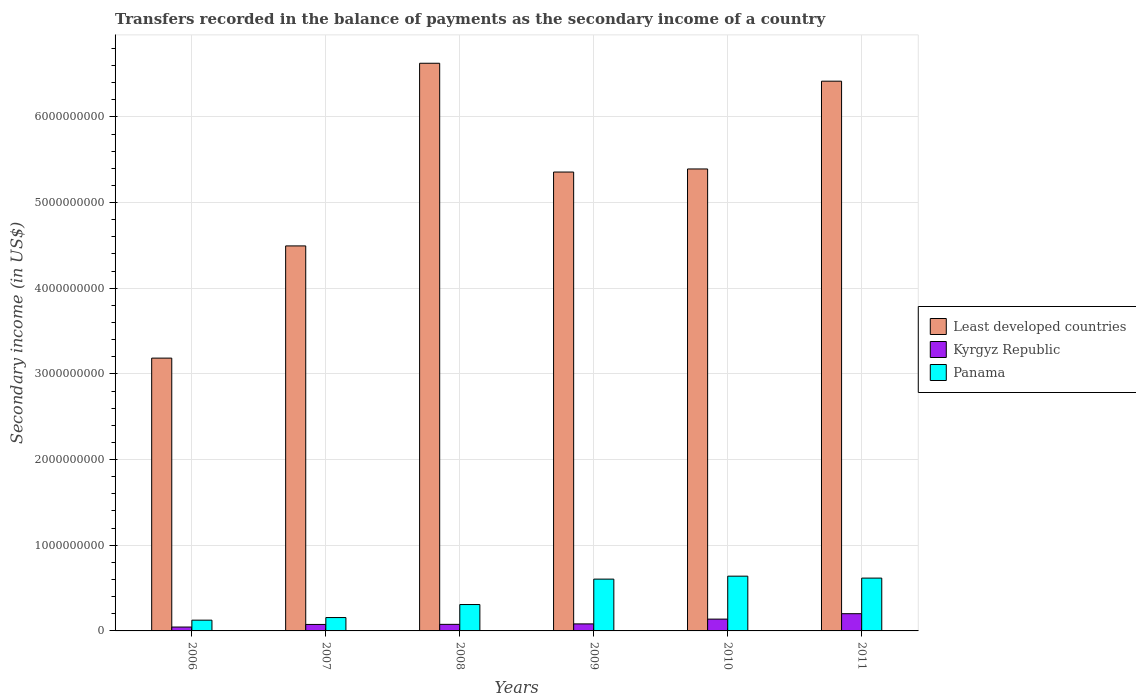
| Years | Least developed countries | Kyrgyz Republic | Panama |
 | --- | --- | --- | --- |
 | 2006 | 3.18e+09 | 4.53e+07 | 1.26e+08 |
 | 2007 | 4.49e+09 | 7.56e+07 | 1.56e+08 |
 | 2008 | 6.63e+09 | 7.67e+07 | 3.08e+08 |
 | 2009 | 5.36e+09 | 8.2e+07 | 6.05e+08 |
 | 2010 | 5.39e+09 | 1.38e+08 | 6.39e+08 |
 | 2011 | 6.42e+09 | 2.01e+08 | 6.17e+08 |